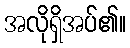
အလိုရှိအပ်၏။